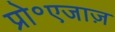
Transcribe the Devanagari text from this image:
प्रो॰एजाज़